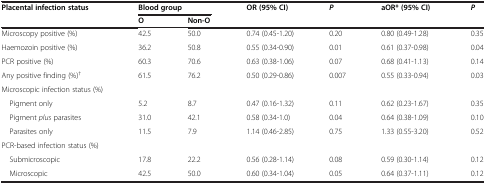
<table><thead><tr><td><b>Placental infection status</b></td><td colspan="2"><b>Blood group</b></td><td><b>OR (95% CI)</b></td><td><b><i>P</i></b></td><td><b>aOR* (95% CI)</b></td><td><b><i>P</i></b></td></tr><tr><td><b> </b></td><td><b>O</b></td><td><b>Non-O</b></td><td><b> </b></td><td><b> </b></td><td><b> </b></td><td><b> </b></td></tr></thead><tbody><tr><td>Microscopy positive (%)</td><td>42.5</td><td>50.0</td><td>0.74 (0.45-1.20)</td><td>0.20</td><td>0.80 (0.49-1.28)</td><td>0.35</td></tr><tr><td>Haemozoin positive (%)</td><td>36.2</td><td>50.8</td><td>0.55 (0.34-0.90)</td><td>0.01</td><td>0.61 (0.37-0.98)</td><td>0.04</td></tr><tr><td>PCR positive (%)</td><td>60.3</td><td>70.6</td><td>0.63 (0.38-1.06)</td><td>0.07</td><td>0.68 (0.41-1.13)</td><td>0.14</td></tr><tr><td>Any positive finding (%)<sup>†</sup></td><td>61.5</td><td>76.2</td><td>0.50 (0.29-0.86)</td><td>0.007</td><td>0.55 (0.33-0.94)</td><td>0.03</td></tr><tr><td>Microscopic infection status (%)</td><td> </td><td> </td><td> </td><td> </td><td> </td><td> </td></tr><tr><td> Pigment only</td><td>5.2</td><td>8.7</td><td>0.47 (0.16-1.32)</td><td>0.11</td><td>0.62 (0.23-1.67)</td><td>0.35</td></tr><tr><td> Pigment <i>plus</i> parasites</td><td>31.0</td><td>42.1</td><td>0.58 (0.34-1.0)</td><td>0.04</td><td>0.64 (0.38-1.09)</td><td>0.10</td></tr><tr><td> Parasites only</td><td>11.5</td><td>7.9</td><td>1.14 (0.46-2.85)</td><td>0.75</td><td>1.33 (0.55-3.20)</td><td>0.52</td></tr><tr><td>PCR-based infection status (%)</td><td> </td><td> </td><td> </td><td> </td><td> </td><td> </td></tr><tr><td> Submicroscopic</td><td>17.8</td><td>22.2</td><td>0.56 (0.28-1.14)</td><td>0.08</td><td>0.59 (0.30-1.14)</td><td>0.12</td></tr><tr><td> Microscopic</td><td>42.5</td><td>50.0</td><td>0.60 (0.34-1.04)</td><td>0.05</td><td>0.64 (0.37-1.11)</td><td>0.12</td></tr></tbody></table>